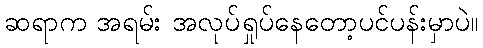
ဆရာက အရမ်း အလုပ်ရှုပ်နေတော့ပင်ပန်းမှာပဲ။